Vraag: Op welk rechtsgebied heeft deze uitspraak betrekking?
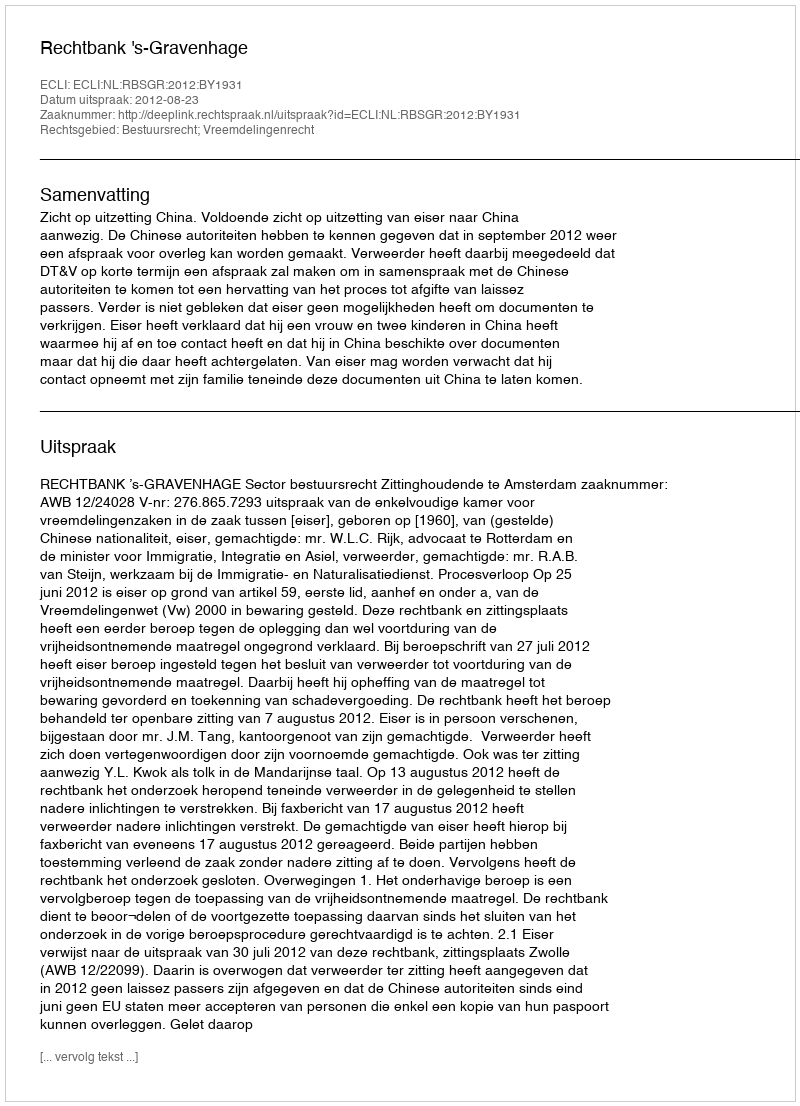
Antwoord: Bestuursrecht; Vreemdelingenrecht